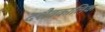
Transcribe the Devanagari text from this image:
दशैवकालिक